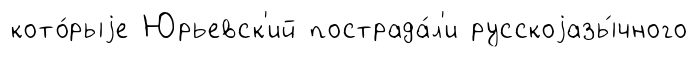
кото́рыjе Юрьевск'ий пострада́л'и русскоjазы́чного